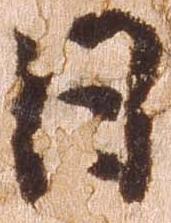
日